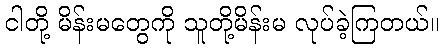
ငါတို့ မိန်းမတွေကို သူတို့မိန်းမ လုပ်ခဲ့ကြတယ်။